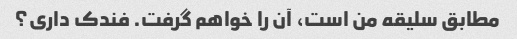
مطابق سلیقه من است، آن را خواهم گرفت. فندک داری؟